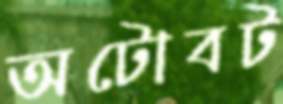
অটোবট